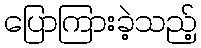
ပြောကြားခဲ့သည့်